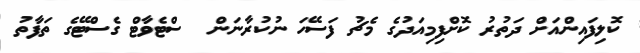
ކޮލިފައިންއަށް ދަތުރު ކޮށްފިމިއަދުގެ މެޗު ފަސޭހަ ނުކުރާނަން  ސްޓެވާޓް ގެސްޓޭގެ ތަފާތު